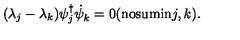
( \lambda _ { j } - \lambda _ { k } ) \psi _ { j } ^ { \dagger } { \dot { \psi } } _ { k } ^ { } = 0 \mathrm { ( n o s u m i n } j , k \mathrm { ) } .